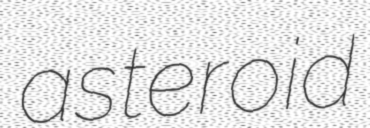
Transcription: asteroid